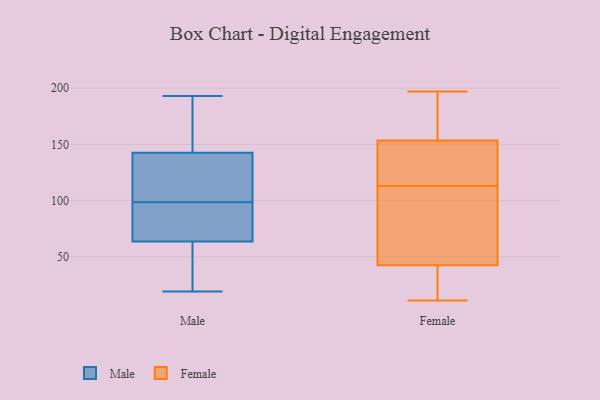
{"axis": {"x": "LTV (USD)", "y": "Value"}, "legend": ["Female", "Male"], "data": [{"x": "", "y": 19, "type": "Male"}, {"x": "", "y": 25, "type": "Male"}, {"x": "", "y": 73, "type": "Male"}, {"x": "", "y": 186, "type": "Male"}, {"x": "", "y": 117, "type": "Male"}, {"x": "", "y": 142, "type": "Male"}, {"x": "", "y": 74, "type": "Male"}, {"x": "", "y": 54, "type": "Male"}, {"x": "", "y": 87, "type": "Male"}, {"x": "", "y": 143, "type": "Male"}, {"x": "", "y": 88, "type": "Male"}, {"x": "", "y": 182, "type": "Male"}, {"x": "", "y": 154, "type": "Male"}, {"x": "", "y": 53, "type": "Male"}, {"x": "", "y": 102, "type": "Male"}, {"x": "", "y": 138, "type": "Male"}, {"x": "", "y": 95, "type": "Male"}, {"x": "", "y": 36, "type": "Male"}, {"x": "", "y": 126, "type": "Male"}, {"x": "", "y": 193, "type": "Male"}, {"x": "", "y": 169, "type": "Female"}, {"x": "", "y": 197, "type": "Female"}, {"x": "", "y": 113, "type": "Female"}, {"x": "", "y": 21, "type": "Female"}, {"x": "", "y": 11, "type": "Female"}, {"x": "", "y": 138, "type": "Female"}, {"x": "", "y": 43, "type": "Female"}, {"x": "", "y": 57, "type": "Female"}, {"x": "", "y": 192, "type": "Female"}, {"x": "", "y": 154, "type": "Female"}, {"x": "", "y": 47, "type": "Female"}, {"x": "", "y": 30, "type": "Female"}, {"x": "", "y": 42, "type": "Female"}, {"x": "", "y": 138, "type": "Female"}, {"x": "", "y": 152, "type": "Female"}]}